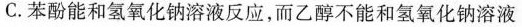
C.苯酚能和氢氧化钠溶液反应，而乙醇不能和氢氧化钠溶液